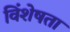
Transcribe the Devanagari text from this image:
विंशेषता